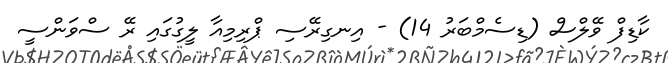
ކާޑިފް ވޭލްސް (ޑިސެމްބަރު 14) - އިނގިރޭސި ޕްރިމިއާ ލީގުގައި ރޭ ސްވަންސީ